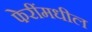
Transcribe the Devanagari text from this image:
फेरींमधील